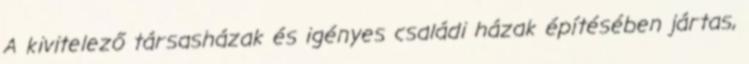
A kivitelező társasházak és igényes családi házak építésében jártas,